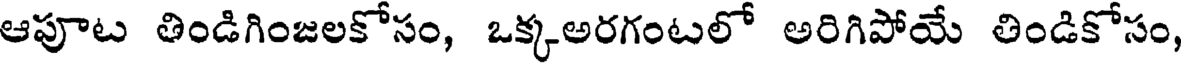
ఆపూట తిండిగింజలకోసం, ఒక్కఅరగంటలో అరిగిపోయే తిండికోసం,